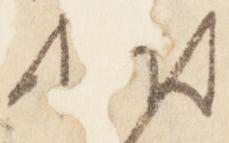
状